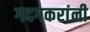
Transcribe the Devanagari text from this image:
गदगकरांनी